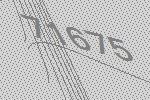
71675